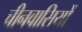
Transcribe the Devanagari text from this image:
चीनवासियों